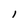
Character: l